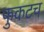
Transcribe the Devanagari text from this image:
फुकटच